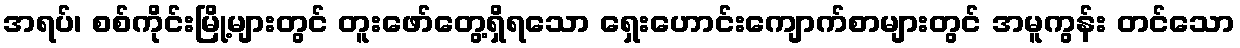
အရပ်၊ စစ်ကိုင်းမြို့များတွင် တူးဖော်တွေ့ရှိရသော ရှေးဟောင်းကျောက်စာများတွင် အမူကွန်း တင်သော